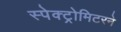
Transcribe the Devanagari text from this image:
स्पेक्ट्रोमिटरने